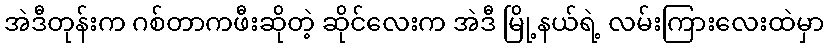
အဲဒီတုန်းက ဂစ်တာကဖီးဆိုတဲ့ ဆိုင်လေးက အဲဒီ မြို့နယ်ရဲ့ လမ်းကြားလေးထဲမှာ